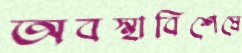
অবস্থাবিশেষে